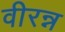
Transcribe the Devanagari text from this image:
वीरन्न